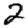
Digit: 2